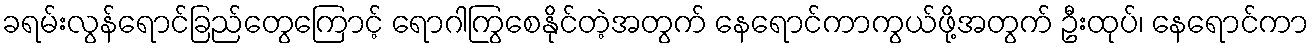
ခရမ်းလွန်ရောင်ခြည်တွေကြောင့် ရောဂါကြွစေနိုင်တဲ့အတွက် နေရောင်ကာကွယ်ဖို့အတွက် ဦးထုပ်၊ နေရောင်ကာ